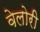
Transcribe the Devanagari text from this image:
वेलोरी